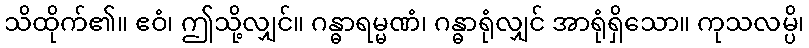
သိထိုက်၏။ ဧဝံ၊ ဤသို့လျှင်။ ဂန္ဓာရမ္မဏံ၊ ဂန္ဓာရုံလျှင် အာရုံရှိသော။ ကုသလမ္ပိ၊